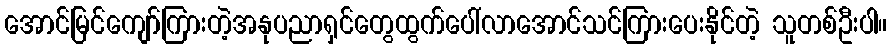
အောင်မြင်ကျော်ကြားတဲ့အနုပညာရှင်တွေထွက်ပေါ်လာအောင်သင်ကြားပေးနိုင်တဲ့ သူတစ်ဦးပါ။